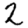
Digit: 2